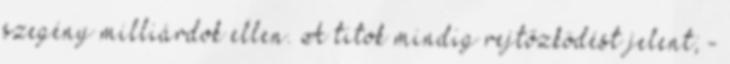
sze­gény milliárdok ellen. A titok mindig rejtőzködést jelent; -